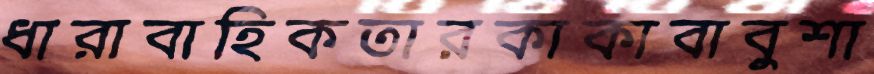
ধারাবাহিকতারকাকাবাবুশা